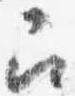
召